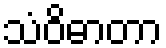
သံဝိဓာတာ